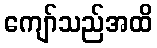
ကျော်သည်အထိ